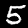
Digit: 5